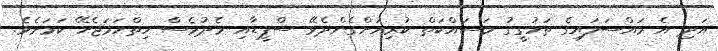
އަދި އެ މައްސަލައިގެ ތަހުގީގު މަސައްކަތް ކުރިއަށްގެންދެވޭ ސްޕީޑާއި މެދުވެސް ހިތްހަމަޖެހޭ ކަމަށެވެ.